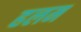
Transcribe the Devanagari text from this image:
हलम